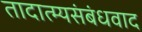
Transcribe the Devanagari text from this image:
तादात्म्यसंबंधवाद